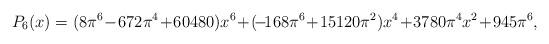
LaTeX: \begin{align*}P_6(x)=(8\pi^6\!-\!672\pi^4\!+\!60480)x^6\!+\!(\!-\!168\pi^6\!+\!15120\pi^2)x^4\!+\!3780\pi^4x^2\!+\!945\pi^6, \end{align*}